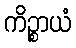
ကိဉ္စာယံ